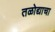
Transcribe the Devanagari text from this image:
तळोद्याचा